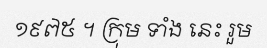
១៩៧៥ ។ ក្រុម ទាំង នេះ រួម